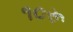
૧૦રૂ